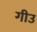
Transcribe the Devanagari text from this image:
गीउ